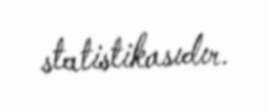
statistikasıdır.